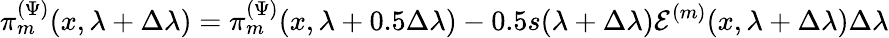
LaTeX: \pi_{m}^{(\Psi)}(x,\lambda+\Delta\lambda)=\pi_{m}^{(\Psi)}(x,\lambda+0.5\Delta\lambda)-0.5s(\lambda+\Delta\lambda)\mathcal{E}^{(m)}(x,\lambda+\Delta\lambda)\Delta\lambda